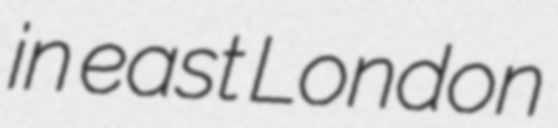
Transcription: in east London